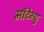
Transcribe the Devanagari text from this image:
मॉटेग्यु